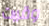
وقررت